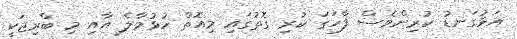
އަޅުގަނޑު ކުރިންވެސް ފާހަގަ ކުރި ގޮތުގައި މިއޮތް ހުޅުމާލެ އާއި މި ބްރިޖަކީ